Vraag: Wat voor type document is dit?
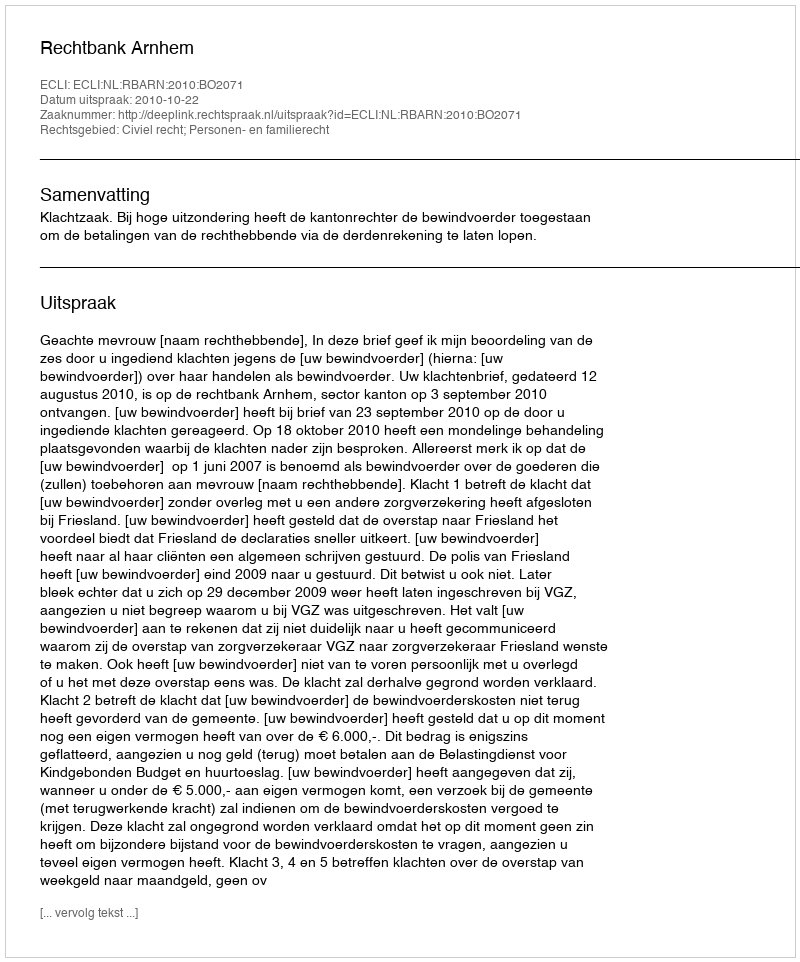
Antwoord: Uitspraak